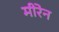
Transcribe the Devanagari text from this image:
मीरेन